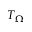
T _ { \Omega }